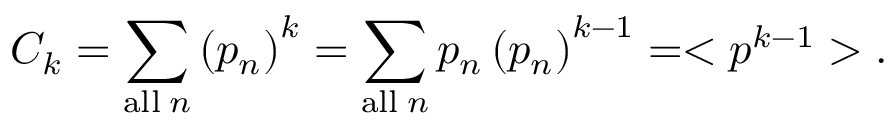
C _ { k } = \sum _ { \mathrm { a l l } \; n } \left( p _ { n } \right) ^ { k } = \sum _ { \mathrm { a l l } \; n } p _ { n } \left( p _ { n } \right) ^ { k - 1 } = < p ^ { k - 1 } > .